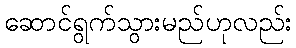
ဆောင်ရွက်သွားမည်ဟုလည်း